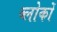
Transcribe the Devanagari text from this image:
ब्लोकों